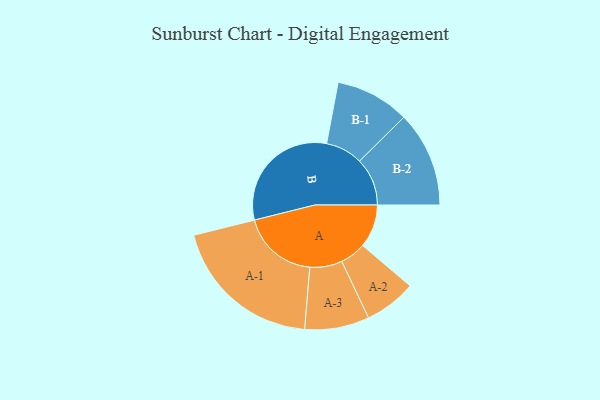
{"axis": {"x": "Segment", "y": "Value"}, "legend": ["", "A", "B"], "data": [{"x": "A", "y": 170, "type": ""}, {"x": "B", "y": 483, "type": ""}, {"x": "A-1", "y": 300, "type": "A"}, {"x": "A-2", "y": 102, "type": "A"}, {"x": "A-3", "y": 127, "type": "A"}, {"x": "B-1", "y": 146, "type": "B"}, {"x": "B-2", "y": 188, "type": "B"}]}